Indian journal of veterinary science and animal husbandry - Volumes 24-25, 1954-1955
Year: 1954
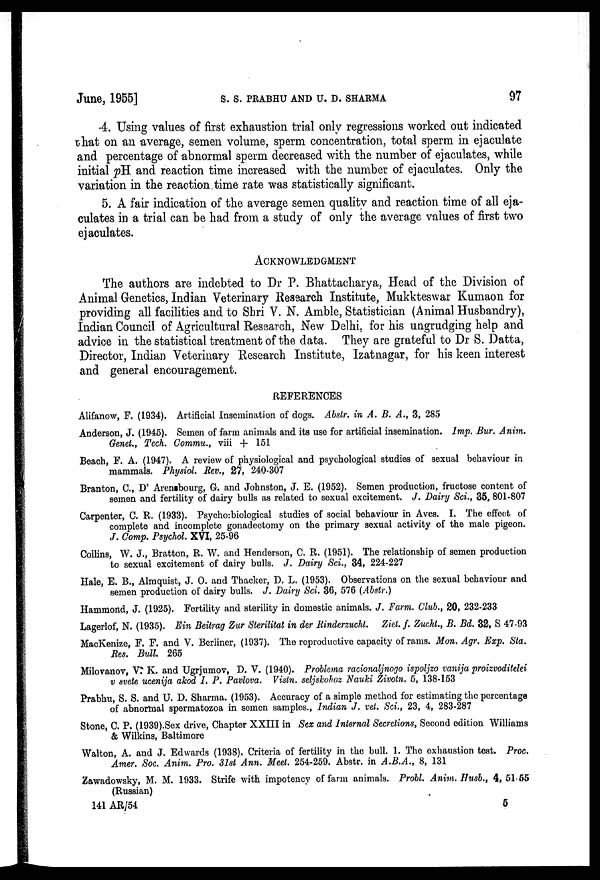
June, 1955]
S.
S.
PRABHU
AND
U.
D.
SHARMA
97
4. Using values of first exhaustion trial only regressions worked out indicated
that on an average, semen volume, sperm concentration, total sperm in ejaculate
and percentage of abnormal sperm decreased with the number of ejaculates, while
initial pH and reaction time increased with the number of ejaculates. Only the
variation in the reaction time rate was statistically significant.
5. A fair indication of the average semen quality and reaction time of all eja-
culates in a trial can be had from a study of only the average values of first two
ejaculates.
ACKNOWLEDGMENT
The authors are indebted to Dr P. Bhattacharya, Head of the Division of
Animal Genetics, Indian Veterinary Research Institute, Mukkteswar Kumaon for
providing all facilities and to Shri V. N. Amble, Statistician (Animal Husbandry),
Indian Council of Agricultural Research, New Delhi, for his ungrudging help and
advice in the statistical treatment of the data. They are grateful to Dr S. Datta,
Director, Indian Veterinary Research Institute, Izatnagar, for his keen interest
and general encouragement.
REFERENCES
Alifanow, F. (1934). Artificial Insemination of dogs. Abstr. in A. B. A., 3, 285
Anderson, J. (1945). Semen of farm animals and its use for artificial insemination. Imp. Bur. Anim.
Genet., Tech. Commu., viii + 151
Beach, F. A. (1947). A review of physiological and psychological studies of sexual behaviour in
mammals. Physiol. Rev., 27, 240-307
Branton, C., D' Arensbourg, G. and Johnston, J. E. (1952). Semen production, fructose content of
semen and fertility of dairy bulls as related to sexual excitement. J. Dairy Sci., 35, 801-807
Carpenter, C. R. (1933). Psycho:biological studies of social behaviour in Aves. I. The effect of
complete and incomplete gonadectomy on the primary sexual activity of the male pigeon.
J. Comp. Psychol. XVI, 25-96
Collins, W. J., Bratton, R. W. and Henderson, C. R. (1951). The relationship of semen production
to sexual excitement of dairy bulls. J. Dairy Sci., 34, 224-227
Hale, E. B., Almquist, J. O. and Thacker, D. L. (1953). Observations on the sexual behaviour and
semen production of dairy bulls. J. Dairy Sci. 36, 576 (Abstr.)
Hammond, J. (1925). Fertility and sterility in domestic animals. J. Farm. Club., 20, 232-233
Lagerlof, N. (1935). Ein Beitrag Zur Sterilitat in der Rinderzucht. Ziet. f. Zucht., B. Bd. 32, S 47-93
MacKenize, F. F. and V. Berliner, (1937). The reproductive capacity of rams. Mon. Agr. Exp. Sta.
Res. Bull. 265
Milovanov, V. K. and Ugrjumov, D. V. (1940). Problema racionaljnogo ispoljzo vanija proizvoditelei
v svete ucenija akod I. P. Pavlova. Vistn. seljskohoz Nauki Zivotn. 5, 138-153
Prabhu, S. S. and U. D. Sharma. (1953). Accuracy of a simple method for estimating the percentage
of abnormal spermatozoa in semen samples., Indian J. vet. Sci., 23, 4, 283-287
Stone, C. P. (1939).Sex drive, Chapter XXIII in Sex and Internal Secretions, Second edition Williams
& Wilkins, Baltimore
Walton, A. and J. Edwards (1938). Criteria of fertility in the bull. 1. The exhaustion test. Proc.
Amer. Soc. Anim. Pro. 31st Ann. Meet. 254-259. Abstr. in A.B.A., 8, 131
Zawadowsky, M. M. 1933. Strife with impotency of farm animals. Probl. Anim. Husb., 4, 51-55
(Russian)
141 AR/54
5